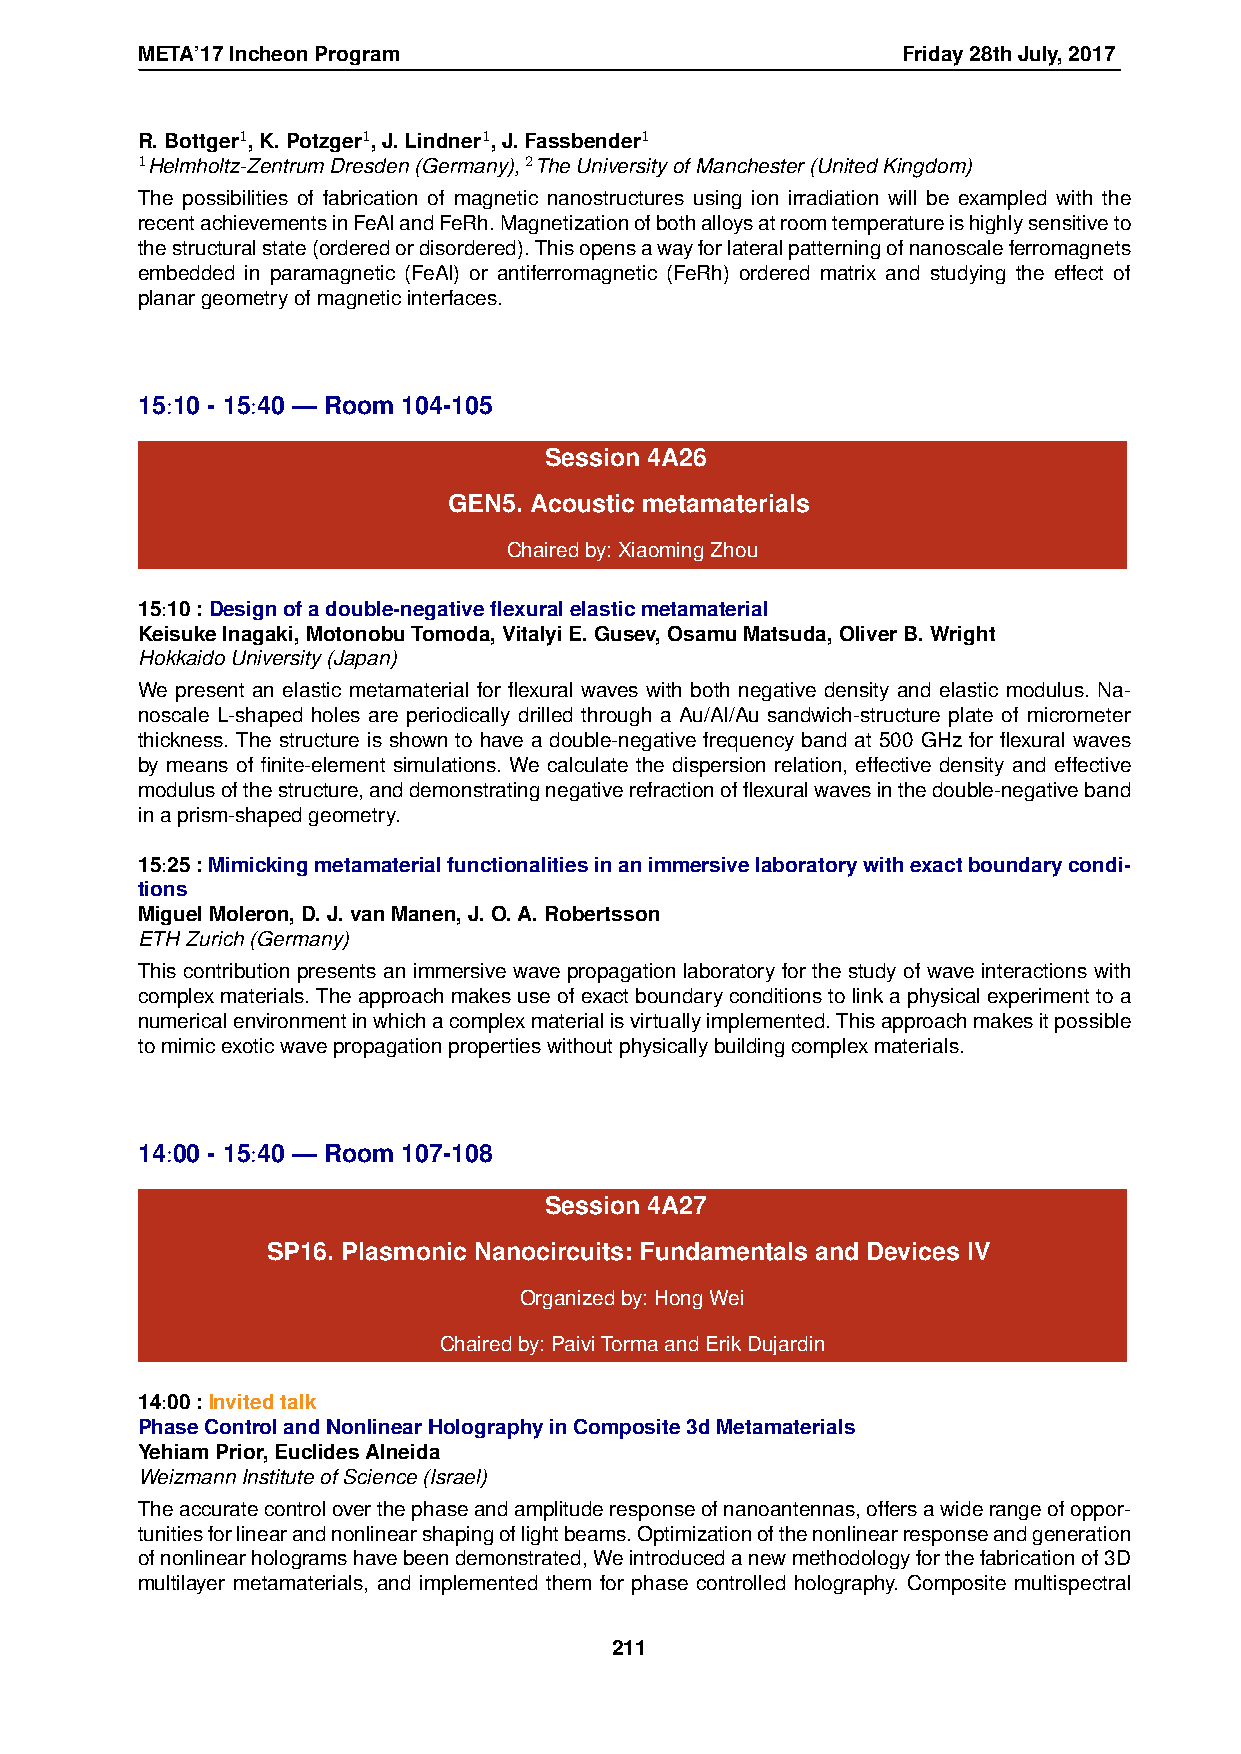
META’17IncheonProgram                              Friday28thJuly,2017
 R.Bottger1,K.Potzger1,J.Lindner1,J.Fassbender1
 1Helmholtz-ZentrumDresden(Germany),2TheUniversityofManchester(UnitedKingdom)
 The possibilities of fabrication of magnetic nanostructures using ion irradiation will be exampled with the
 recentachievementsinFeAlandFeRh.Magnetizationofbothalloysatroomtemperatureishighlysensitiveto
 thestructuralstate(orderedordisordered).Thisopensawayforlateralpatterningofnanoscaleferromagnets
 embedded in paramagnetic (FeAl) or antiferromagnetic (FeRh) ordered matrix and studying the effect of
 planargeometryofmagneticinterfaces.
 15:10 - 15:40 — Room 104-105
 Session 4A26
 GEN5. Acoustic metamaterials
 Chairedby:XiaomingZhou
 15:10:Designofadouble-negativeflexuralelasticmetamaterial
 KeisukeInagaki,MotonobuTomoda,VitalyiE.Gusev,OsamuMatsuda,OliverB.Wright
 HokkaidoUniversity(Japan)
 We present an elastic metamaterial for flexural waves with both negative density and elastic modulus. Na-
 noscale L-shaped holes are periodically drilled through a Au/Al/Au sandwich-structure plate of micrometer
 thickness. The structure is shown to have a double-negative frequency band at 500 GHz for flexural waves
 by means of finite-element simulations. We calculate the dispersion relation, effective density and effective
 modulusofthestructure,anddemonstratingnegativerefractionofflexuralwavesinthedouble-negativeband
 inaprism-shapedgeometry.
 15:25:Mimickingmetamaterialfunctionalitiesinanimmersivelaboratorywithexactboundarycondi-
 tions
 MiguelMoleron,D.J.vanManen,J.O.A.Robertsson
 ETHZurich(Germany)
 This contribution presents an immersive wave propagation laboratory for the study of wave interactions with
 complexmaterials.Theapproachmakesuseofexactboundaryconditionstolinkaphysicalexperimenttoa
 numericalenvironmentinwhichacomplexmaterialisvirtuallyimplemented.Thisapproachmakesitpossible
 tomimicexoticwavepropagationpropertieswithoutphysicallybuildingcomplexmaterials.
 14:00 - 15:40 — Room 107-108
 Session 4A27
 SP16. Plasmonic Nanocircuits: Fundamentals and Devices IV
 Organizedby:HongWei
 Chairedby:PaiviTormaandErikDujardin
 14:00:Invitedtalk
 PhaseControlandNonlinearHolographyinComposite3dMetamaterials
 YehiamPrior,EuclidesAlneida
 WeizmannInstituteofScience(Israel)
 Theaccuratecontroloverthephaseandamplituderesponseofnanoantennas,offersawiderangeofoppor-
 tunitiesforlinearandnonlinearshapingoflightbeams.Optimizationofthenonlinearresponseandgeneration
 ofnonlinearhologramshavebeendemonstrated,Weintroducedanewmethodologyforthefabricationof3D
 multilayer metamaterials, and implemented them for phase controlled holography. Composite multispectral
 211